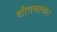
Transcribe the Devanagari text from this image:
शीतलाघाट